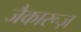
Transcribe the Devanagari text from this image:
जैकारूज़